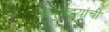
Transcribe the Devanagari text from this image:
अणुभट्टय़ांची